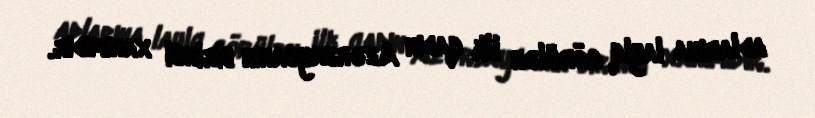
adlarına layiq görülən ilk qadın Azərbaycanın birinci xanımıdır.